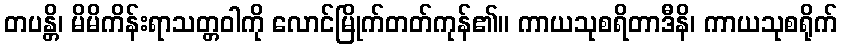
တပန္တိ၊ မိမိကိန်းရာသတ္တဝါကို လောင်မြိုက်တတ်ကုန်၏။ ကာယသုစရိတာဒီနိ၊ ကာယသုစရိုက်